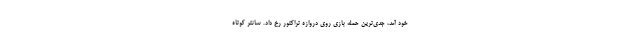
خود آمد، جدی‌ترین حمله بازی روی دروازه تراکتور رخ داد. سانتر کوتاه